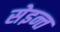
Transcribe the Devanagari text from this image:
सेइन्त